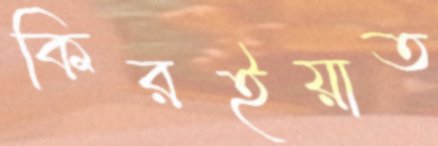
কিরইয়াত